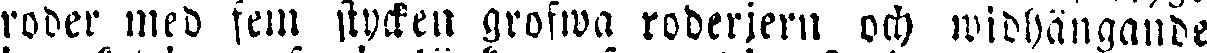
roder med fem stycken grofwa roberjern och widhängande